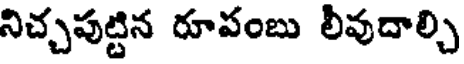
నిచ్చపుట్టిన రూపంబు లీవుదాల్చి